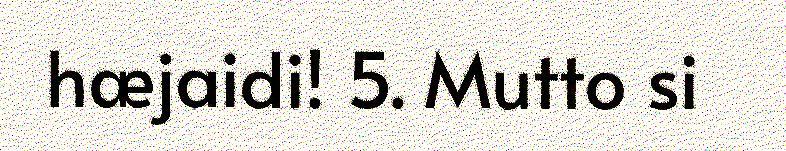
hæjaidi! 5. Mutto si